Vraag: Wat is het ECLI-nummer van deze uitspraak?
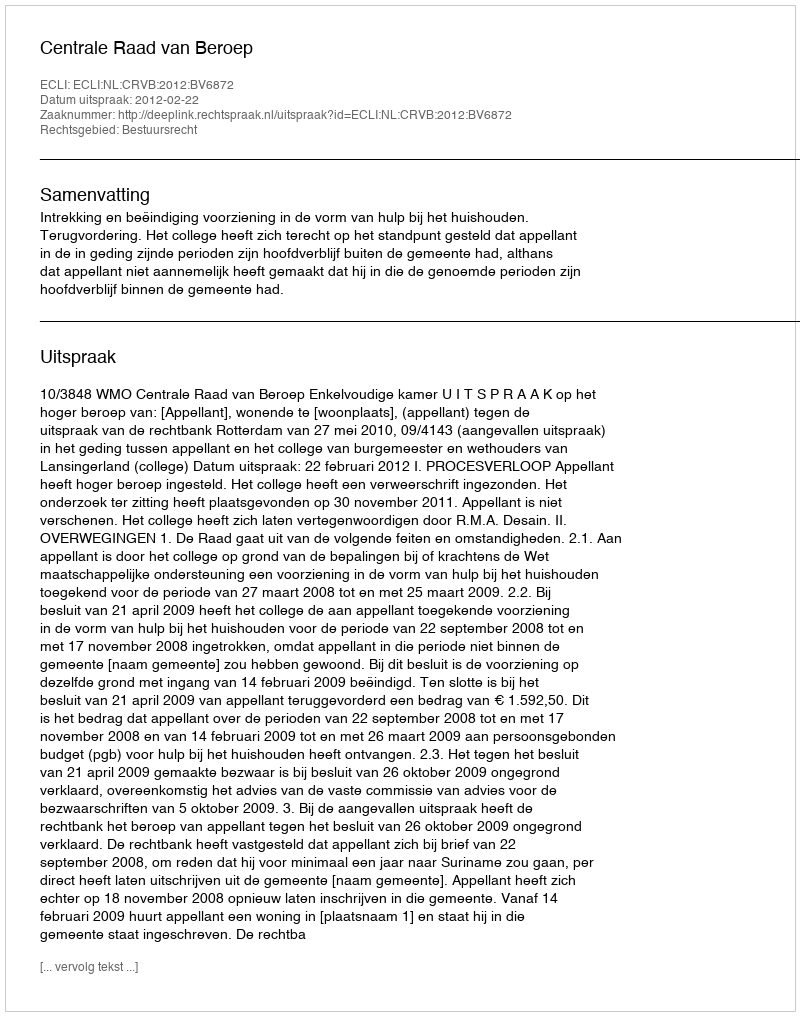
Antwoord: ECLI:NL:CRVB:2012:BV6872